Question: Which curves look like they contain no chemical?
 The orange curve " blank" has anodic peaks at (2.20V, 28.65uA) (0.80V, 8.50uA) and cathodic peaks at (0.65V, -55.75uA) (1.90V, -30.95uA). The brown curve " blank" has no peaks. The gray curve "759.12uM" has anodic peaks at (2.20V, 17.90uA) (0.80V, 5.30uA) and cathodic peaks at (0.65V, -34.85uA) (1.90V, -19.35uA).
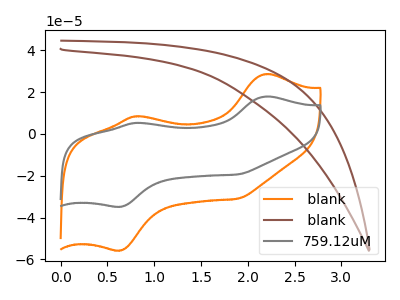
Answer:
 <answer>" blank" is likely to be a blank.</answer>
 <eval> blank</eval>